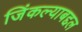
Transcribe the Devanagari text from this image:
जिंकल्याबद्दल